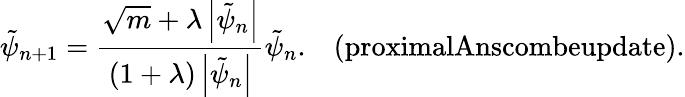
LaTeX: \tilde{\psi}_{n+1}=\frac{\sqrt{m}+\lambda\left|\tilde{\psi}_{n}\right|}{\left(1+\lambda\right)\left|\tilde{\psi}_{n}\right|}\tilde{\psi}_{n}.\; \; \; \textrm{(proximalAnscombeupdate)}.